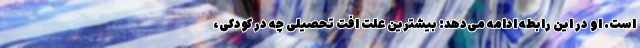
است. او در این رابطه ادامه می‌دهد: بیشترین علت افت تحصیلی چه در کودکی،